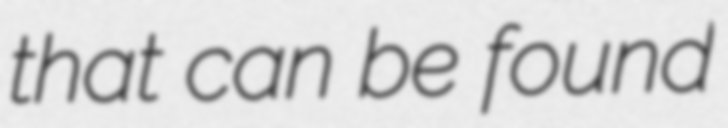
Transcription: that can be found